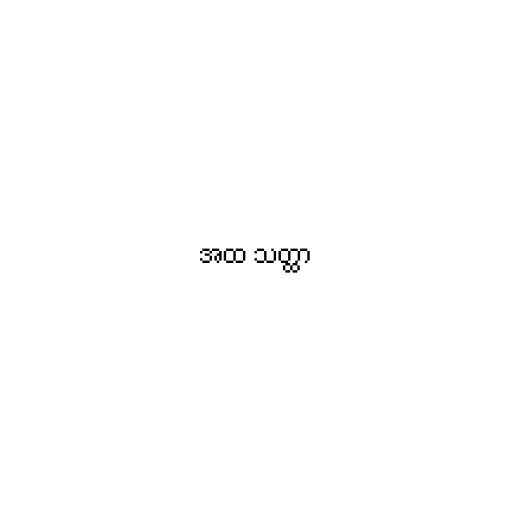
အထ သတ္ထာ